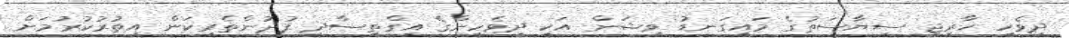
ދިވެހި ހާރިޖީ ސިޔާސަތުގެ މައިގަނޑު ވިޝަން އަކީ ދިވެހިންގެ އިގްތިސާދީ ފުދުންތެރިކަން އިތުރުކުރުމަށް